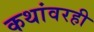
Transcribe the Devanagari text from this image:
कथांवरही